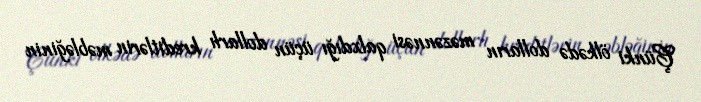
Çünki ölkədə dolların məzənnəsi qalxdığı üçün dollarlı kreditlərin məbləğinin